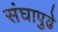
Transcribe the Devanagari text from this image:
संघापुढे